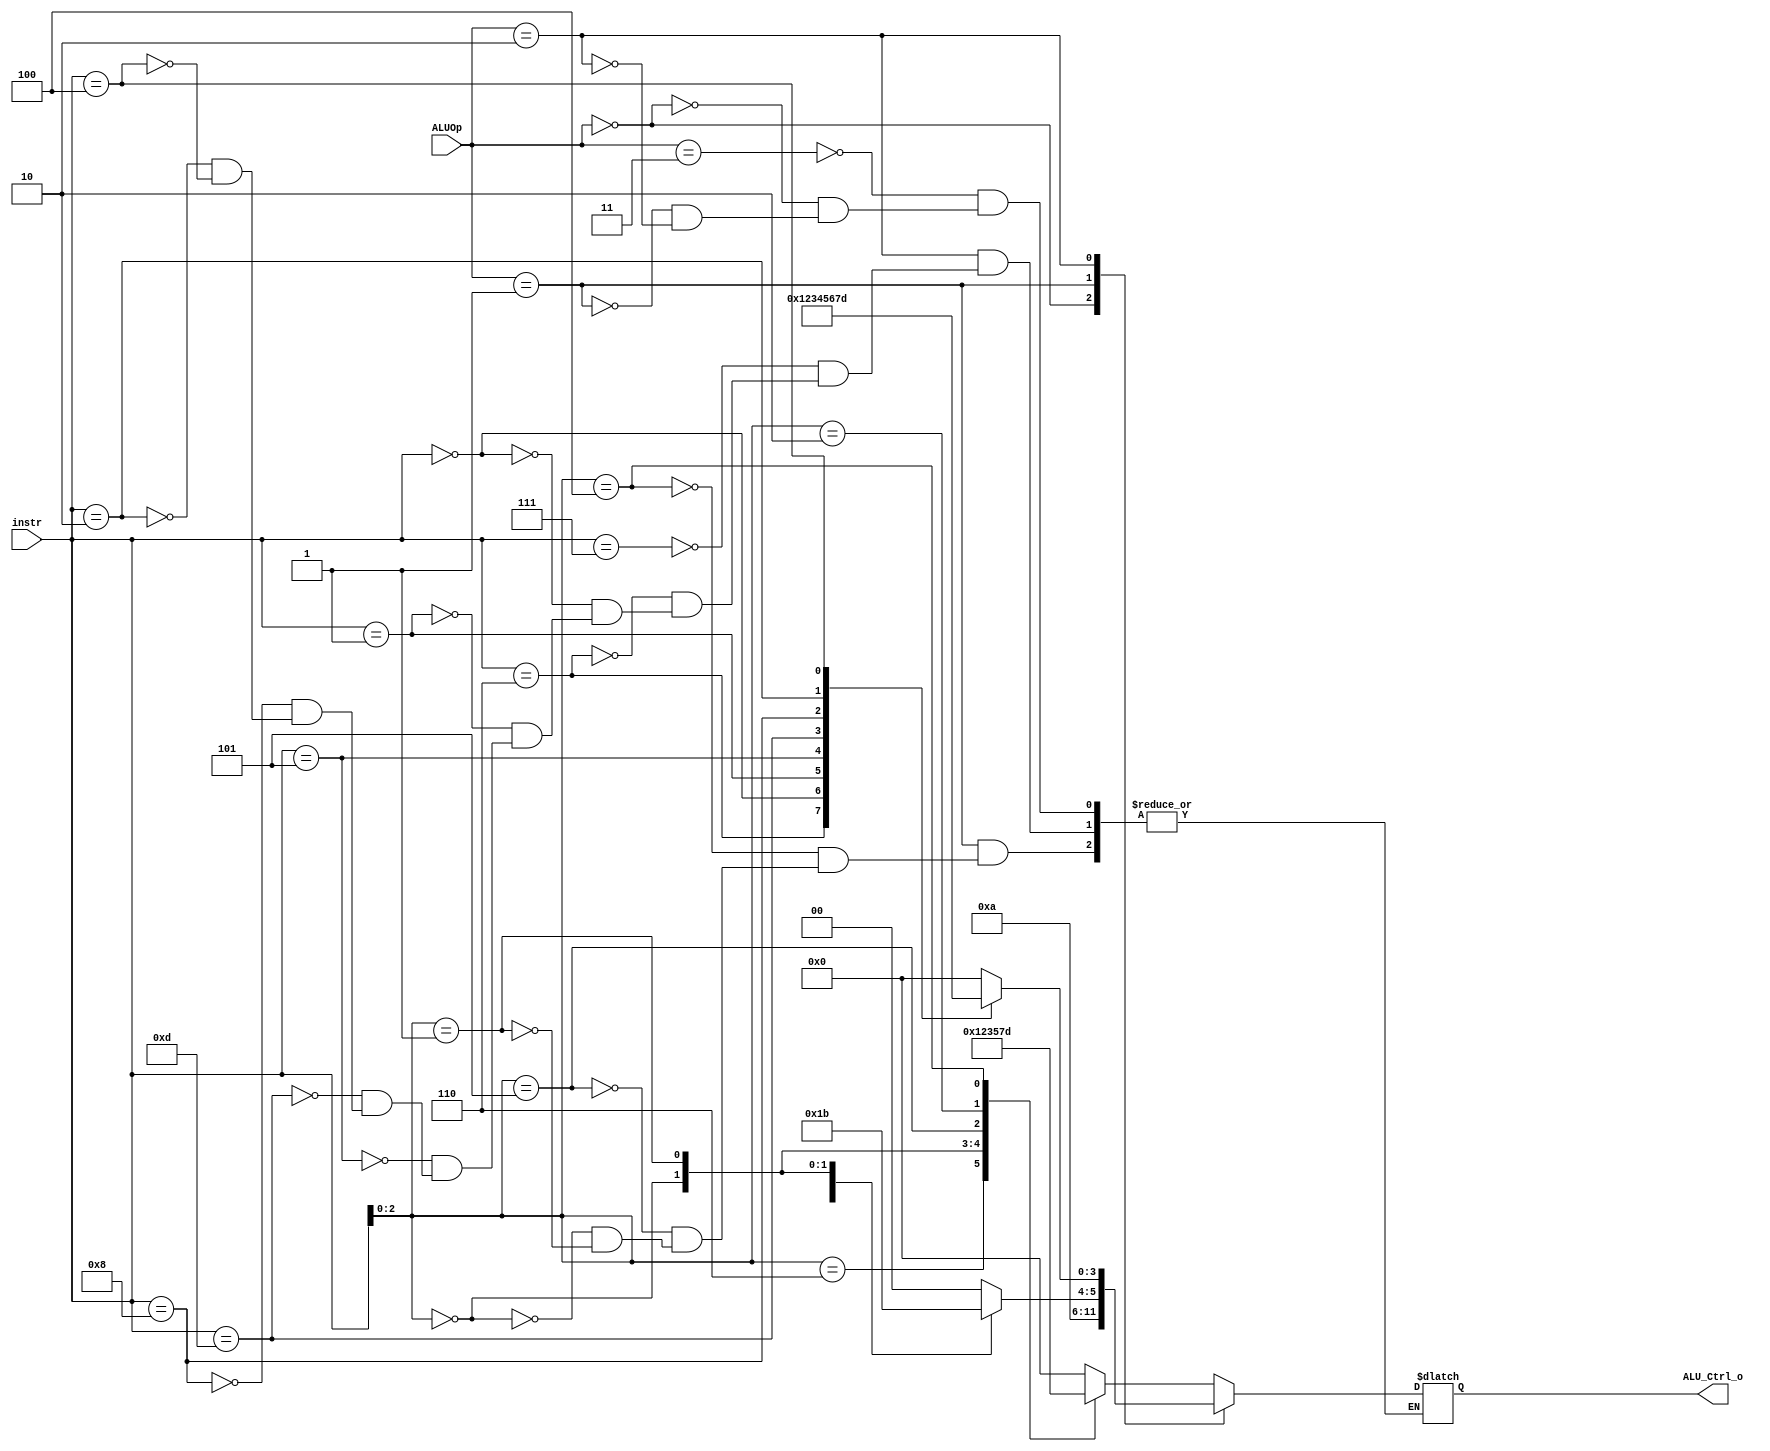
/***************************************************
Student Name: 
Student ID: 
***************************************************/

`timescale 1ns/1ps

module ALU_Ctrl(
	input		[3:0]	instr,
	input		[1:0]	ALUOp,
	output wire	[3:0] ALU_Ctrl_o
	);
	

reg [4-1:0] ALU_Ctrl_out;

always@* 
begin
	case(ALUOp)
		/* Imm&J */
	  	2'b11: 
			begin
				case(instr[3-1:0])
					///ANDI do and:0
					3'b111: ALU_Ctrl_out <= 4'b0000;
					//ORI 	do or: 1
					3'b110: ALU_Ctrl_out <= 4'b0001;
					//ADDI 	do add: 2
					3'b000: ALU_Ctrl_out <= 4'b0010;
					//SLLI 	do sll: 3
					3'b001: ALU_Ctrl_out <= 4'b0011;
					//SRAI 	do sra: 5
					3'b101: ALU_Ctrl_out <= 4'b0101;  
					//SLTI 	do slt: 7
					3'b010: ALU_Ctrl_out <= 4'b0111;
					//XORI 	do xor: 13
					3'b100: ALU_Ctrl_out <= 4'b1101;
					//J-type don't care
					default: ALU_Ctrl_out <= 4'bxxxx; 
				endcase 
 			end
		/* Load&Store*/
		2'b00: 
			begin
				ALU_Ctrl_out <= 4'b0010;
 			end
		/* SB */
		2'b01:  
			begin
				case(instr[3-1:0])
					//BLT 	do blt:8
					3'b100: ALU_Ctrl_out <= 4'b1000;
					//BGE 	do bge:9
					3'b101: ALU_Ctrl_out <= 4'b1001;
					//BEQ 	do beq:10
					3'b000: ALU_Ctrl_out <= 4'b1010;
					//BNE 	do bne:11
					3'b001: ALU_Ctrl_out <= 4'b1011;
				endcase  
 			end
		/* R */
	  	2'b10:
			begin
				case(instr)
					//AND 	do and: 0
					4'b0111: ALU_Ctrl_out <= 4'b0000;
					//OR 	do  or: 1
					4'b0110: ALU_Ctrl_out <= 4'b0001;
					//ADD 	do add: 2
					4'b0000: ALU_Ctrl_out <= 4'b0010;
					//SLL 	do sll: 3
					4'b0001: ALU_Ctrl_out <= 4'b0011;
					//SRL 	do srl: 4
					4'b0101: ALU_Ctrl_out <= 4'b0100;
					//SRA 	do sra: 5
					4'b1101: ALU_Ctrl_out <= 4'b0101;
					//SUB 	do sub: 6
					4'b1000: ALU_Ctrl_out <= 4'b0110;
					//SLT 	do slt: 7
					4'b0010: ALU_Ctrl_out <= 4'b0111;
					//XOR 	do xor: 13
					4'b0100: ALU_Ctrl_out <= 4'b1101;
				endcase
			end
		
	endcase
end

assign ALU_Ctrl_o = ALU_Ctrl_out; 
 
endmodule